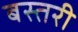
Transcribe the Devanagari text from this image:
बस्तरी